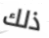
ذلك